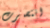
انتصرت